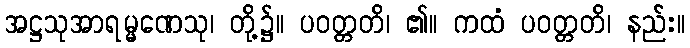
အဋ္ဌသုအာရမ္မဏေသု၊ တို့၌။ ပဝတ္တတိ၊ ၏။ ကထံ ပဝတ္တတိ၊ နည်း။